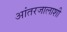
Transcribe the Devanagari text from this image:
आंतरजालाशी